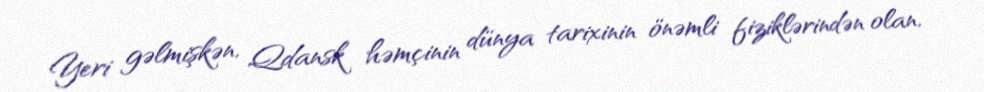
Yeri gəlmişkən, Qdansk həmçinin dünya tarixinin önəmli fiziklərindən olan,